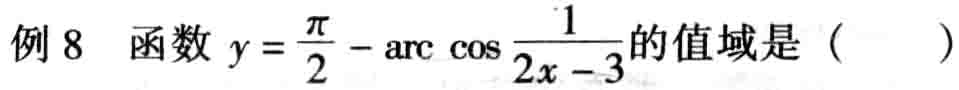
例 8 函数 \(y = \frac{\pi}{2}-\arccos\frac{1}{2x - 3}\)的值域是（  ）